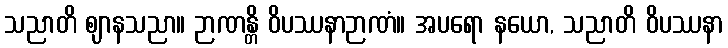
သညာတိ ဈာနသညာ။ ဉာဏန္တိ ဝိပဿနာဉာဏံ။ အပရော နယော, သညာတိ ဝိပဿနာ